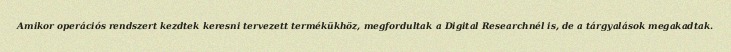
Amikor operációs rendszert kezdtek keresni tervezett termékükhöz, megfordultak a Digital Researchnél is, de a tárgyalások megakadtak.